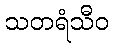
သတရံသီဝ